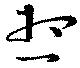
想